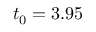
t _ { 0 } = 3 . 9 5